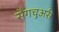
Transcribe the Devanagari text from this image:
सैंगचुअरी